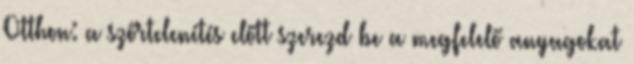
Otthon: a szőrtelenítés előtt szerezd be a megfelelő anyagokat